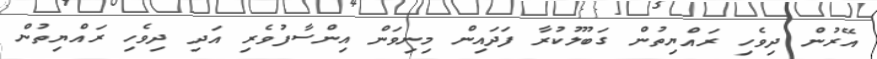
އޭރުން ދިވެހި ރައްޔިތުން ގަބޫލުކުރާ ފަދައިން މިނިވަން އިންސާފުވެރި އަދި ދިވެހި ރައްޔިތުން